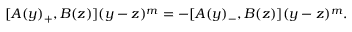
[ A ( y ) _ { + } , B ( z ) ] ( y - z ) ^ { m } = - [ A ( y ) _ { - } , B ( z ) ] ( y - z ) ^ { m } .